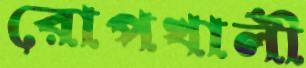
রোপখালী